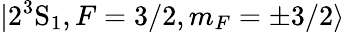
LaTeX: |2^{3}\mathrm{S}_{1},F=3/2,m_{F}=\pm 3/2\rangle